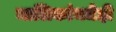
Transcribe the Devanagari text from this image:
मालिकांमधेही